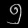
Digit: ၅